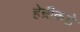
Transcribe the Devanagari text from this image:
हेन्रीकडे